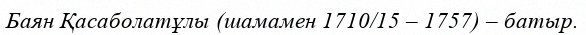
Баян Қасаболатұлы (шамамен 1710/15 – 1757) – батыр.